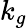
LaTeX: k_{g}